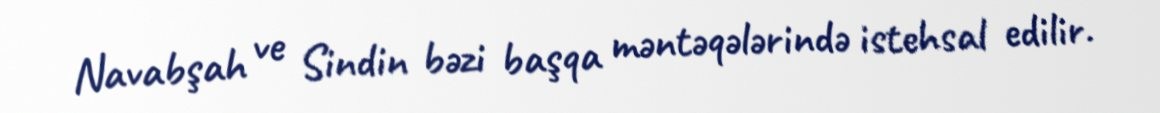
Navabşah ve Sindin bəzi başqa məntəqələrində istehsal edilir.